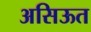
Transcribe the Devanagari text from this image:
असिऊत